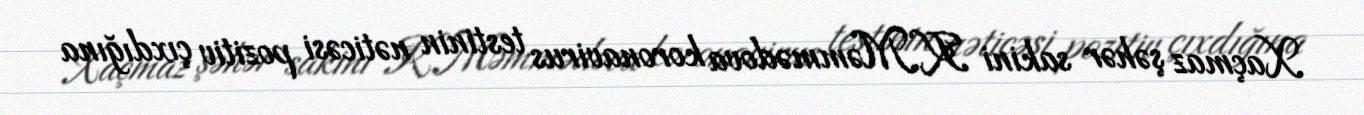
Xaçmaz şəhər sakini K.Məmmədova koronavirus testinin nəticəsi pozitiv çıxdığına